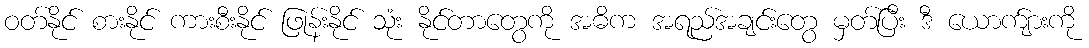
ဝတ်နိုင် စားနိုင် ကားစီးနိုင် ဖြုန်းနိုင် သုံး နိုင်တာတွေကို အဓိက အရည်အချင်းတွေ မှတ်ပြီး ဒီ ယောက်ျားကို